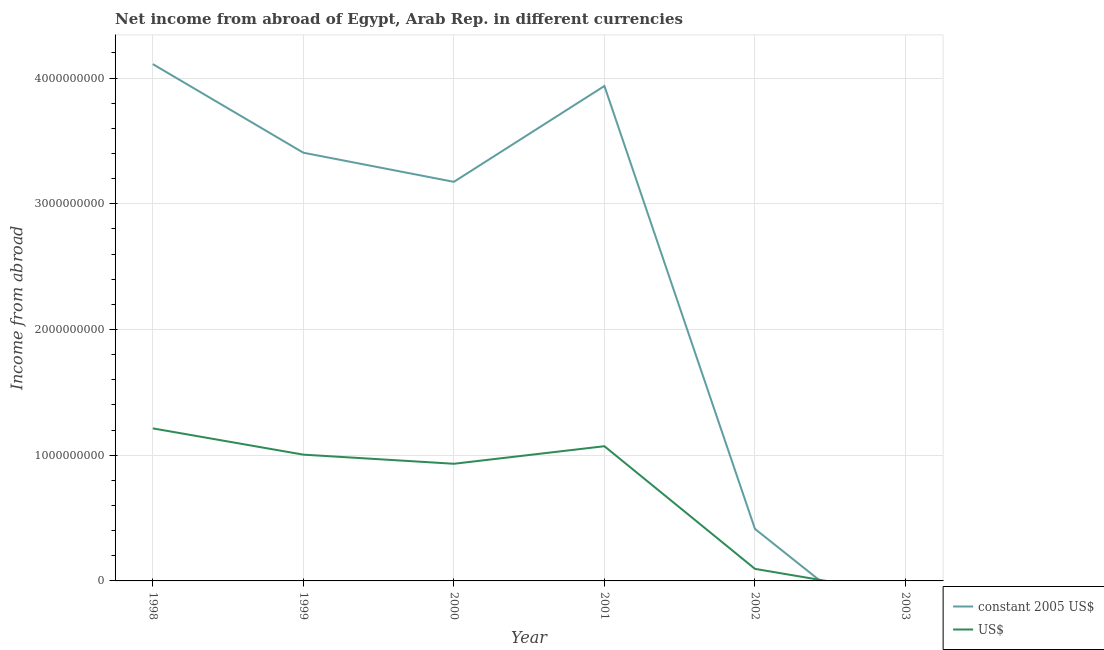
| Year | constant 2005 US$ | US$ |
 | --- | --- | --- |
 | 1998 | 4.11e+09 | 1.21e+09 |
 | 1999 | 3.41e+09 | 1e+09 |
 | 2000 | 3.17e+09 | 9.32e+08 |
 | 2001 | 3.94e+09 | 1.07e+09 |
 | 2002 | 4.14e+08 | 9.59e+07 |
 | 2003 | -5.39e+08 | -1.07e+08 |